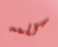
كلمه